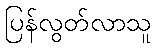
ပြန်လွတ်လာသူ